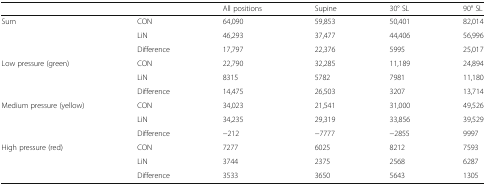
<table><thead><tr><td></td><td></td><td><b>All positions</b></td><td><b>Supine</b></td><td><b>30° SL</b></td><td><b>90° SL</b></td></tr></thead><tbody><tr><td rowspan="3">Sum</td><td>CON</td><td>64,090</td><td>59,853</td><td>50,401</td><td>82,014</td></tr><tr><td>LiN</td><td>46,293</td><td>37,477</td><td>44,406</td><td>56,996</td></tr><tr><td>Difference</td><td>17,797</td><td>22,376</td><td>5995</td><td>25,017</td></tr><tr><td rowspan="3">Low pressure (green)</td><td>CON</td><td>22,790</td><td>32,285</td><td>11,189</td><td>24,894</td></tr><tr><td>LiN</td><td>8315</td><td>5782</td><td>7981</td><td>11,180</td></tr><tr><td>Difference</td><td>14,475</td><td>26,503</td><td>3207</td><td>13,714</td></tr><tr><td rowspan="3">Medium pressure (yellow)</td><td>CON</td><td>34,023</td><td>21,541</td><td>31,000</td><td>49,526</td></tr><tr><td>LiN</td><td>34,235</td><td>29,319</td><td>33,856</td><td>39,529</td></tr><tr><td>Difference</td><td>−212</td><td>−7777</td><td>−2855</td><td>9997</td></tr><tr><td rowspan="3">High pressure (red)</td><td>CON</td><td>7277</td><td>6025</td><td>8212</td><td>7593</td></tr><tr><td>LiN</td><td>3744</td><td>2375</td><td>2568</td><td>6287</td></tr><tr><td>Difference</td><td>3533</td><td>3650</td><td>5643</td><td>1305</td></tr></tbody></table>